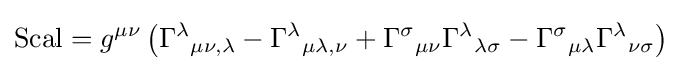
\operatorname {Scal} =g^{\mu \nu }\left({\Gamma ^{\lambda }}_{\mu \nu ,\lambda }-{\Gamma ^{\lambda }}_{\mu \lambda ,\nu }+{\Gamma ^{\sigma }}_{\mu \nu }{\Gamma ^{\lambda }}_{\lambda \sigma }-{\Gamma ^{\sigma }}_{\mu \lambda }{\Gamma ^{\lambda }}_{\nu \sigma }\right)